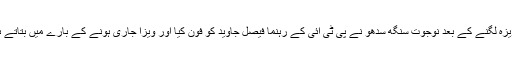
پاکستانی نیوز چینلز کی رپورٹس کے مطابق ویزہ لگنے کے بعد نوجوت سنگھ سدھو نے پی ٹی آئی کے رہنما فیصل جاوید کو فون کیا اور ویزا جاری ہونے کے بارے میں بتاتے ہوئے کہا کہ ’پاکستان آنے کے لئے بیتاب ہوں۔